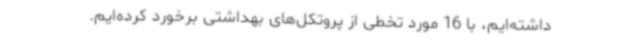
داشته‌ایم، با 16 مورد تخطی از پروتکل‌های بهداشتی برخورد کرده‌ایم.